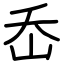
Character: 岙